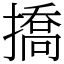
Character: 撟